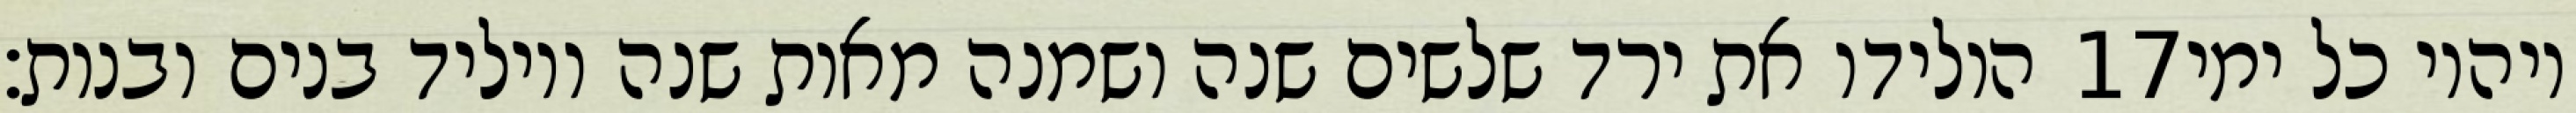
הולידו את ירד שלשים שנה ושמנה מאות שנה ויוליד בנים ובנות׃ ‎17‏ ויהיו כל ימי